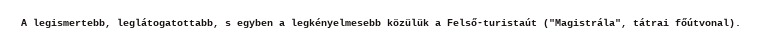
A legismertebb, leglátogatottabb, s egyben a legkényelmesebb közülük a Felső-turistaút ("Magistrála", tátrai főútvonal).